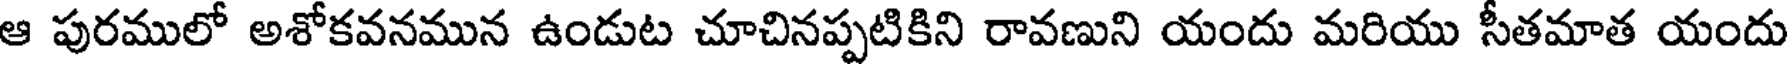
ఆ పురములో అశోకవనమున ఉండుట చూచినప్పటికిని రావణుని యందు మరియు సీతమాత యందు